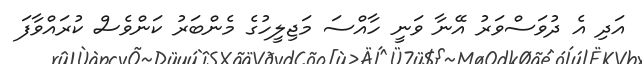
އަދި އެ ދުވަސްވަރު އޭނާ ވަނީ ހާއްސަ މަޖިލީހުގެ މެންބަރު ކަންވެސް ކުރައްވާފަ